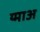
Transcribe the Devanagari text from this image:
य्माअ